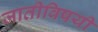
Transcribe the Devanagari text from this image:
जातीविषयी